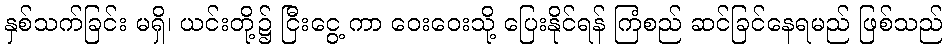
နှစ်သက်ခြင်း မရှိ၊ ယင်းတို့၌ ငြီးငွေ့ ကာ ဝေးဝေးသို့ ပြေးနိုင်ရန် ကြံစည် ဆင်ခြင်နေရမည် ဖြစ်သည်